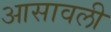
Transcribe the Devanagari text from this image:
आसावली